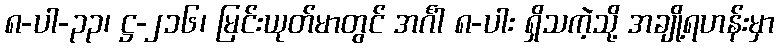
၈-ပါ-၃၃၊ ဋ္ဌ-၂၁၆၊ မြင်းယုတ်မာတွင် အင်္ဂါ ၈-ပါး ရှိသကဲ့သို့ အချို့ရဟန်းမှာ